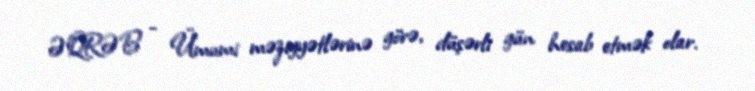
ƏQRƏB - Ümumi məziyyətlərinə görə, düşərli gün hesab etmək olar.